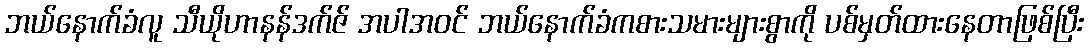
ဘယ်နောက်ခံလူ သီယိုဟာနန်ဒက်ဇ် အပါအဝင် ဘယ်နောက်ခံကစားသမားများစွာကို ပစ်မှတ်ထားနေတာဖြစ်ပြီး